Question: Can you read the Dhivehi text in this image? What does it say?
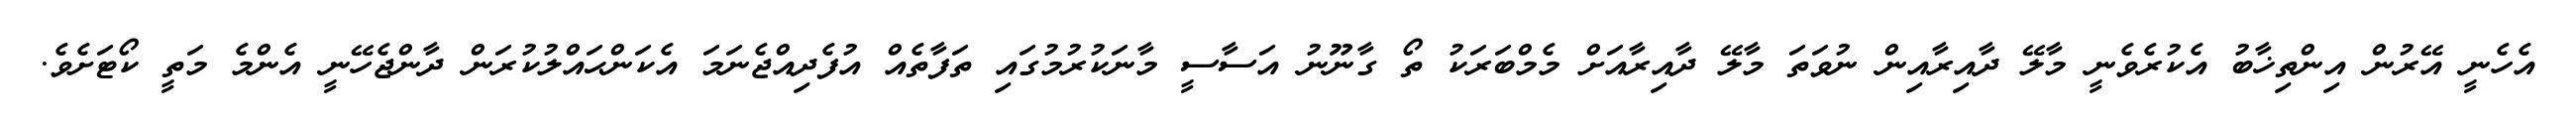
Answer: އެހެނީ އޭރުން އިންތިޚާބު އެކުރެވެނީ މާލޭ ދާއިރާއިން ނުވަތަ މާލޭ ދާއިރާއަށް މެމްބަރަކު ތޯ ގާނޫނު އަސާސީ މާނަކުރުމުގައި ތަފާތެއް އުފެދިއްޖެނަމަ އެކަންޙައްލުކުރަން ދާންޖެހޭނީ އެންމެ މަތީ ކޯޓަށެވެ.